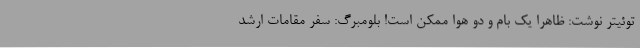
توئیتر نوشت: ظاهرا یک بام و دو هوا ممکن است! بلومبرگ: سفر مقامات ارشد